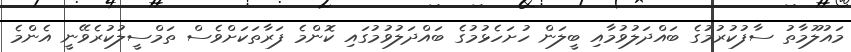
މައުލޫމާތު ސާފުކުރުމުގެ ބައްދަލުވުމާއި ބީލަން ހުށަހެޅުމުގެ ބައްދަލުވުމުގައި ކޮންމެ ފަރާތަކަށްވެސް ތަމްސީލުކުރެވޭނީ އެންމެ